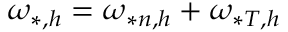
\omega _ { * , h } = \omega _ { * n , h } + \omega _ { * T , h }